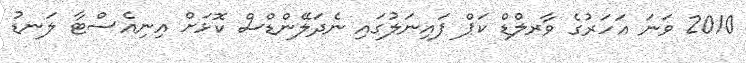
2010 ވަނަ އަހަރުގެ ވާރލްޑް ކަޕް ފައިނަލުގައި ނެދަލޭންޑްސް ކޮޅަށް އިނިއެސްޓާ ލަނޑު